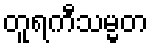
တူရကီသမ္မတ